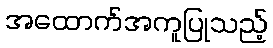
အထောက်အကူပြုသည့်